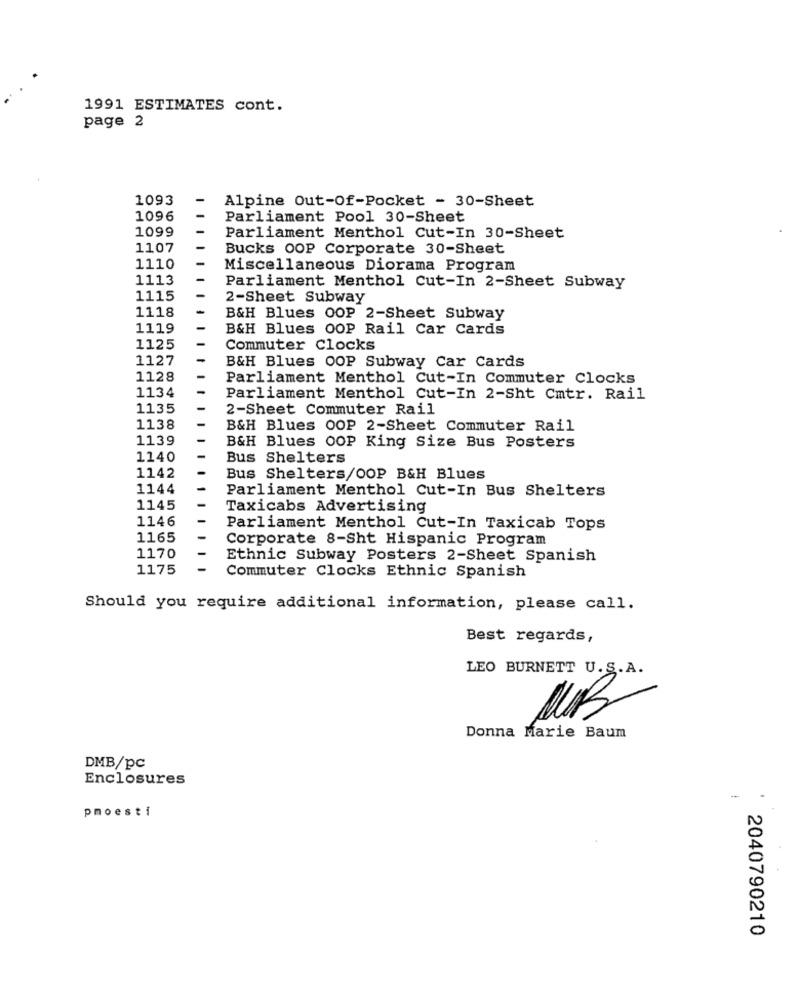
1991 ESTIMATES cont.
page 2
1093
Alpine Out-Of-Pocket - 30-Sheet
1096
Parliament Pool 30-Sheet
1099
Parliament Menthol Cut-In 30-Sheet
1107
Bucks OOP Corporate 30-Sheet
1110
Miscellaneous Diorama Program
1113
Parliament Menthol Cut-In 2-Sheet Subway
1115
2-Sheet Subway
1118
B&H Blues OOP 2-Sheet Subway
1119
B&H Blues OOP Rail Car Cards
1125
Commuter Clocks
1127
B&H Blues OOP Subway Car Cards
1128
Parliament Menthol Cut-In Commuter Clocks
1134
Parliament Menthol Cut-In 2-Sht Cmtr. Rail
1135
2-Sheet Commuter Rail
1138
B&H Blues OOP 2-Sheet Commuter Rail
1139
B&H Blues OOP King Size Bus Posters
1140
Bus Shelters
1142
Bus Shelters/OOP B&H Blues
1144
Parliament Menthol Cut-In Bus Shelters
1145
Taxicabs Advertising
1146
Parliament Menthol Cut-In Taxicab Tops
1165
Corporate 8-Sht Hispanic Program
1170
Ethnic Subway Posters 2-Sheet Spanish
1175
Commuter Clocks Ethnic Spanish
Should you require additional information, please call.
Best regards,
LEO BURNETT U. S.A.
Donna Marie Baum
DMB/pc
Enclosures
pmoesti
2040790210